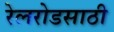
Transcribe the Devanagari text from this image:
रेलरोडसाठी